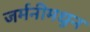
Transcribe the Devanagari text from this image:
जर्मनीमधुन